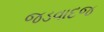
જડવાદજ